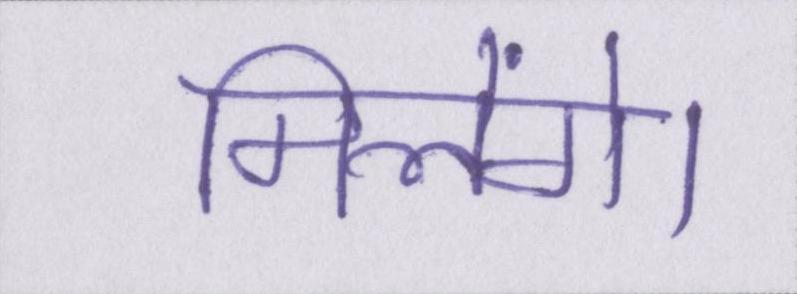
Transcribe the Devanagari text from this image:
मिलेंगे।